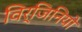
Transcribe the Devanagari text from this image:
विर्जिनियो